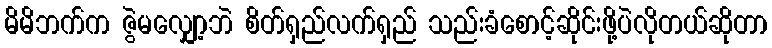
မိမိဘက်က ဇွဲမလျှော့ဘဲ စိတ်ရှည်လက်ရှည် သည်းခံစောင့်ဆိုင်းဖို့ပဲလိုတယ်ဆိုတာ